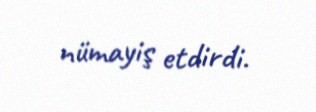
nümayiş etdirdi.